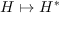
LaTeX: H \mapsto H ^ { * }